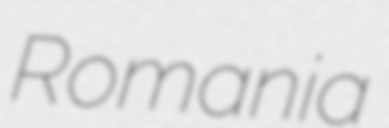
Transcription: Romania